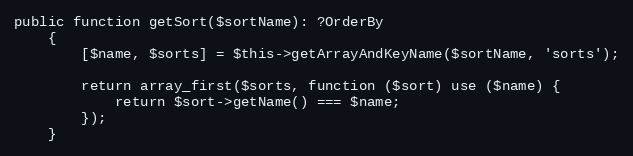
Language: PHP
public function getSort($sortName): ?OrderBy
    {
        [$name, $sorts] = $this->getArrayAndKeyName($sortName, 'sorts');

        return array_first($sorts, function ($sort) use ($name) {
            return $sort->getName() === $name;
        });
    }